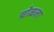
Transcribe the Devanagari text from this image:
चोळला